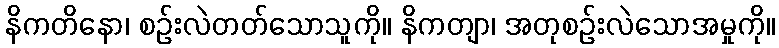
နိကတိနော၊ စဉ်းလဲတတ်သောသူကို။ နိကတျာ၊ အတုစဉ်းလဲသောအမှုကို။